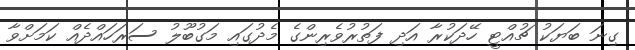
ގިނަ ބަޔަކު ޗުއްޓީ ހޭދަކުރާ އަދި ފަތުރުވެރިންގެ މެދުގައި މަގުބޫލު ސަރަހައްދެެއް ކަމަށްވާ